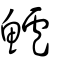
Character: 鱸